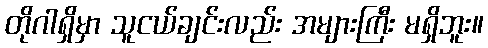
တိုဂါရှိမှာ သူငယ်ချင်းလည်း အများကြီး မရှိဘူး။